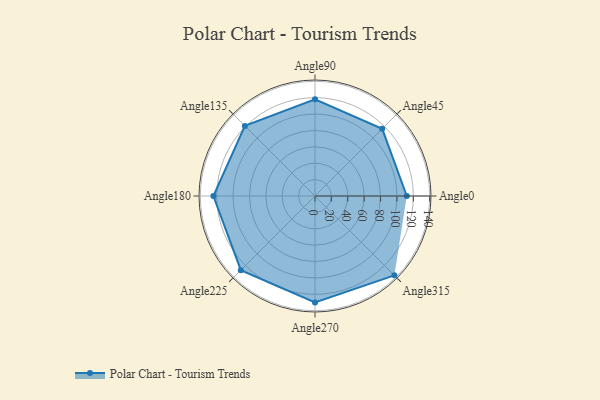
{"axis": {"x": "Angle", "y": "Radius"}, "legend": [""], "data": [{"x": "Angle0", "y": 112.0, "type": ""}, {"x": "Angle45", "y": 116.0, "type": ""}, {"x": "Angle90", "y": 118.0, "type": ""}, {"x": "Angle135", "y": 121.0, "type": ""}, {"x": "Angle180", "y": 124.0, "type": ""}, {"x": "Angle225", "y": 128.0, "type": ""}, {"x": "Angle270", "y": 130.0, "type": ""}, {"x": "Angle315", "y": 137.0, "type": ""}]}